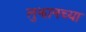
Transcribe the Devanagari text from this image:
लुझानच्या